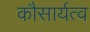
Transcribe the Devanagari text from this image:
कौसार्यत्व